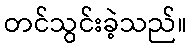
တင်သွင်းခဲ့သည်။